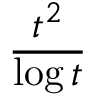
\frac { t ^ { 2 } } { \log t }